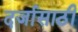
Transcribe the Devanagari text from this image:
दर्जासाठी